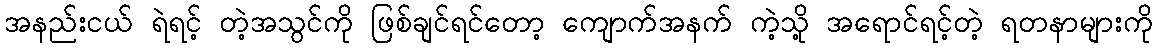
အနည်းငယ် ရဲရင့် တဲ့အသွင်ကို ဖြစ်ချင်ရင်တော့ ကျောက်အနက် ကဲ့သို့ အရောင်ရင့်တဲ့ ရတနာများကို